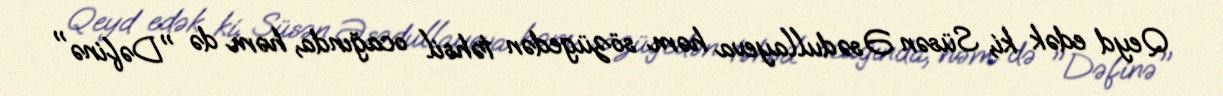
Qeyd edək ki, Süsən Əsədullayeva həm sözügedən təhsil ocağında, həm də "Dəfinə"